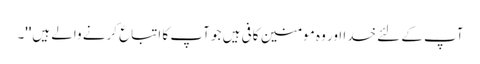
آپ کے لئے خدا اور وہ مومنین کافی ہیں جو آپ کا اتباع کرنے والے ہیں''۔